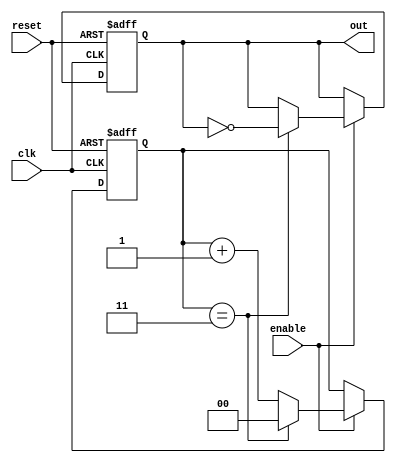
module divide_by_n_counter #(parameter N = 4) (
    input wire clk,       // Clock input
    input wire reset,     // Reset input
    input wire enable,    // Enable input
    output reg out        // Output signal
);

    // State variable to keep track of the current count
    reg [$clog2(N)-1:0] count;

    // Always block for synchronous logic
    always @(posedge clk or posedge reset) begin
        if (reset) begin
            count <= 0;      // Reset the count to 0
            out <= 0;        // Reset the output signal
        end else if (enable) begin
            if (count == (N - 1)) begin
                count <= 0;  // Reset count when reaching N
                out <= ~out;  // Toggle output signal
            end else begin
                count <= count + 1; // Increment count
            end
        end
    end

endmodule